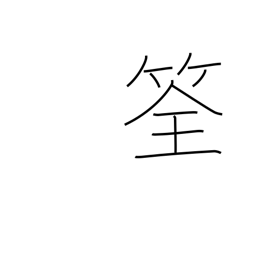
Meaning: fish trap